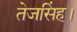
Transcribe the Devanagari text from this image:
तेजसिंह।